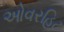
ઓવરહિટ